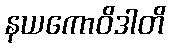
နယကောဝိဒါတိ